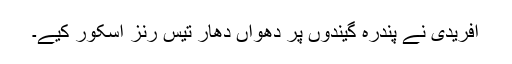
آفریدی نے پندرہ گیندوں پر دھواں دھار تیس رنز اسکور کیے۔